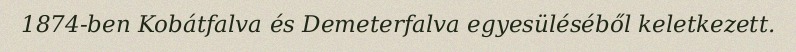
1874-ben Kobátfalva és Demeterfalva egyesüléséből keletkezett.